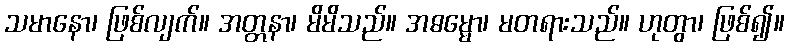
သမာနော၊ ဖြစ်လျက်။ အတ္တနာ၊ မိမိသည်။ အဓမ္မော၊ မတရားသည်။ ဟုတွာ၊ ဖြစ်၍။